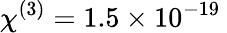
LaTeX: \chi^{(3)}=1.5\times 10^{-19}\: